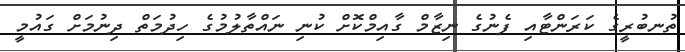
ތުނބުރީގެ ކަރަންޓާއި ފެނުގެ ނިޒާމް ގާއިމްކޮށް ކުނި ނައްތާލުމުގެ ހިދުމަތް ދިނުމަށް ގައުމީ